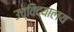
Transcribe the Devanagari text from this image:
उच्विदयालय